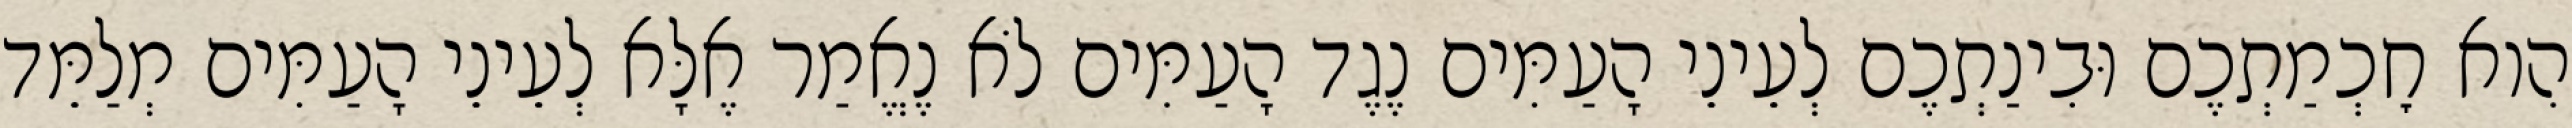
הִוא חׇכְמַתְכֶם וּבִינַתְכֶם לְעֵינֵי הָעַמִּים נֶגֶד הָעַמִּים לֹא נֶאֱמַר אֶלָּא לְעֵינֵי הָעַמִּים מְלַמֵּד